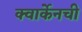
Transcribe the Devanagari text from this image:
क्वार्केनची